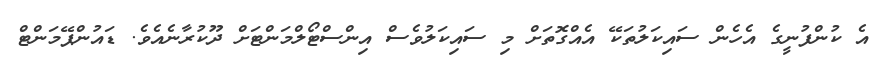
އެ ކުންފުނީގެ އެހެން ސައިކަލުތަކޭ އެއްގޮތަށް މި ސައިކަލުވެސް އިންސްޓޯލްމަންޓަށް ދޫކުރާނެއެވެ. ޑައުންޕޭމަންޓް